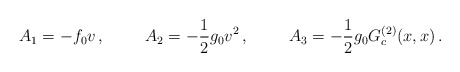
\begin{align*}A_1 = - f_0 v \,, \hspace{1cm}A_2 = - \frac{1}{2} g_0 v^2 \,, \hspace{1cm}A_3 = - \frac{1}{2} g_0 G_c^{(2)} (x,x) \,.\end{align*}